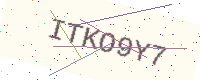
Text: ITKO9Y7